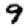
Digit: 9